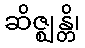
ဆိဇ္ဈန္တိ၊